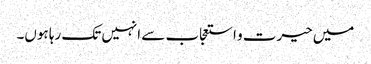
میں حیرت و استعجاب سے انہیں تک رہا ہوں۔